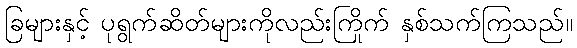
ခြများနှင့် ပုရွက်ဆိတ်များကိုလည်းကြိုက် နှစ်သက်ကြသည်။